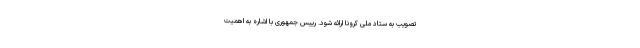
تصویب به ستاد ملی کرونا ارائه شود. رییس جمهوری با اشاره به اهمیت